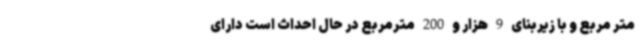
متر مربع و با زیربنای 9 هزار و 200 مترمربع در حال احداث است دارای